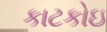
કાટકોઇ